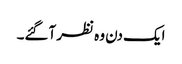
ایک دن وہ نظر آگئے۔